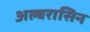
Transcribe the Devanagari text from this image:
अल्बरासिन